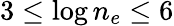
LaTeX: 3\leq\log n_{e}\leq 6